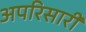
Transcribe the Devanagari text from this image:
अपरिसारी